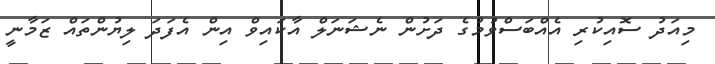
މިއަދު ސޮއިކުރި އެއްބަސްވުމުގެ ދަށުން ނެޝަނަލް އާކައިވް އިން އެފަދަ ލިޔުންތައް ޒަމާނީ